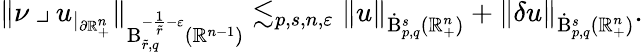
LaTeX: \begin{array}{r}{\lVert\nu\mathbin{\lrcorner}u_{|_{\partial\mathbb{R}_{+}^{n}}}\rVert_{\mathrm{B}_{\tilde{r},q}^{-\frac{1}{\tilde{r}}-\varepsilon}(\mathbb{R}^{n-1})}\lesssim_{p,s,n,\varepsilon}\lVert u\rVert_{{\dot{\mathrm{B}}}_{p,q}^{s}(\mathbb{R}_{+}^{n})}+\lVert\mathbf{\delta}u\rVert_{{\dot{\mathrm{B}}}_{p,q}^{s}(\mathbb{R}_{+}^{n})}\mathrm{.}}\end{array}